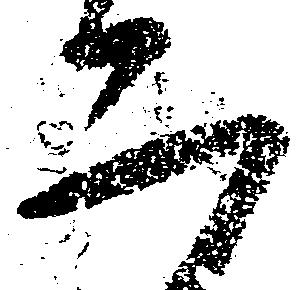
二